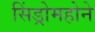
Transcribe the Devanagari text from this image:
सिंड्रोमहोने